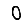
Digit: 0